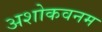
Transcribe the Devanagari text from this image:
अशोकवनम